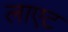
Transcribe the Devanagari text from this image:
लाएट